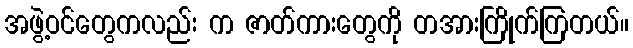
အဖွဲ့ဝင်တွေကလည်း က ဇာတ်ကားတွေကို တအားကြိုက်ကြတယ်။